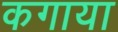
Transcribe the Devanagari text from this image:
कगाया